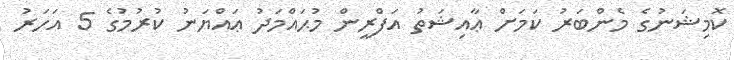
ކޮމިޝަނުގެ މެންބަރު ކަމަށް ޢާއިޝަތު އަފްރީން މުޙައްމަދު ޢައްޔަނު ކުރުމުގެ 5 އަހަރު